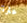
عثرة